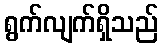
ရွက်လျက်ရှိသည်